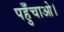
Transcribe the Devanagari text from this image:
पहुँचाओ।